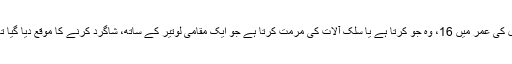
سال کی عمر میں 16، وہ جو کرتا ہے یا سلک آلات کی مرمت کرتا ہے جو ایک مقامی لوتیر کے ساتھ، شاگرد کرنے کا موقع دیا گیا تھا ۔